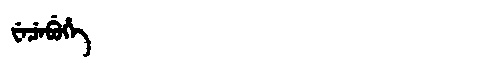
Manchu: ᠸᡝᠴᡝᠪᡠᡥᡝ
Romanization: WECEBUHE